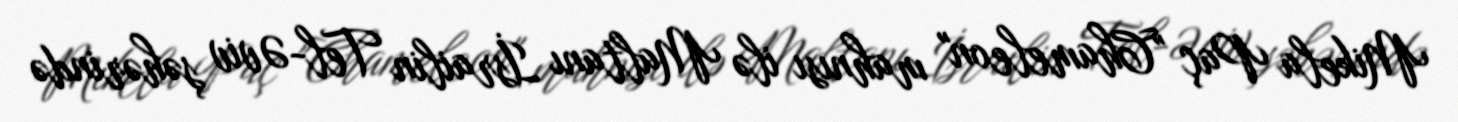
Mikela Paç "Chameleon" mahnısı ilə Maltanı İsrailin Tel-Əviv şəhərində